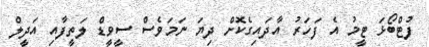
ފުޓްބޯޅަ ޓީމު އެ ފަހަރު އާދައިގެކޮށް ދިޔަ ނަމަވެސް ސީވީޑް ލަތީފާއި އަދީލް